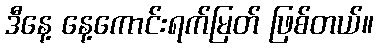
ဒီနေ့ နေ့ကောင်းရက်မြတ် ဖြစ်တယ်။